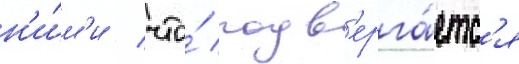
н'и́м'и / что́ подв'ерга́етс'я